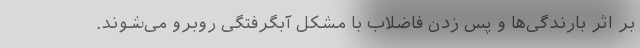
بر اثر بارندگی‌ها و پس زدن فاضلاب با مشکل آبگرفتگی روبرو می‌شوند.